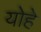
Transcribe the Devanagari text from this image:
योहे